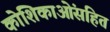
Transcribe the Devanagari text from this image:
कोशिकाओंसहित